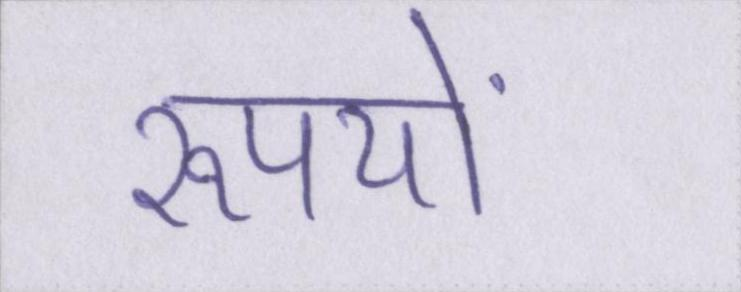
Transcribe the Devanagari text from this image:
रूपयों